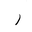
Letter: _ra